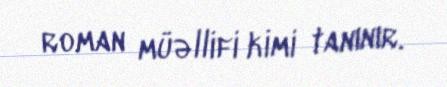
roman müəllifi kimi tanınır.